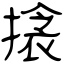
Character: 搇